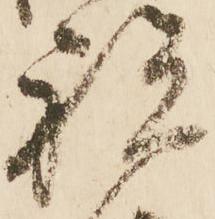
祝